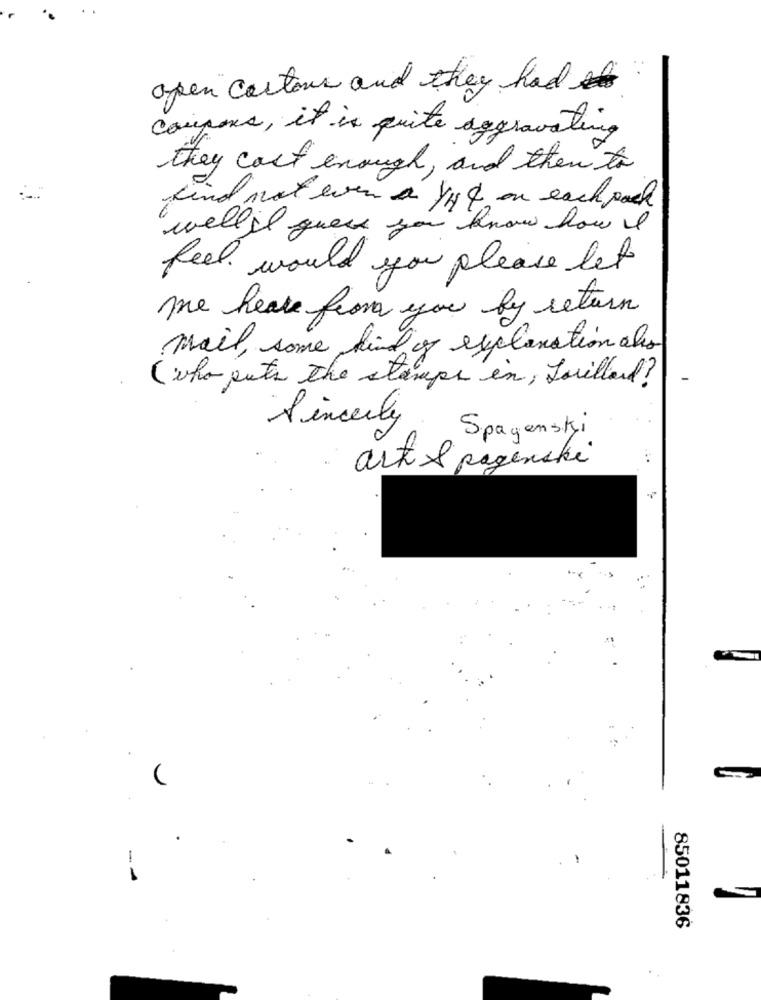
open cortous and they had
coupons, it is quite aggravating
they cast enough, and then to
kind not even a Yye on each pack
"well's guess you know how I
feel would you please let
me hear from you by return
mail, some kind of explanation als
( who puts the stamps in, fouillard?
Sincerely
Spagenski
art & pagenski
85011836